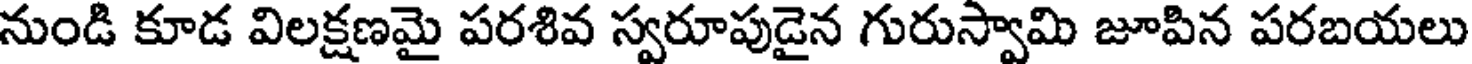
నుండి కూడ విలక్షణమై పరశివ స్వరూపుడైన గురుస్వామి జూపిన పరబయలు